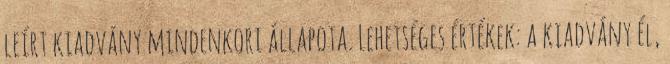
leírt kiadvány mindenkori állapota. Lehetséges értékek: a kiadvány él,